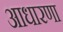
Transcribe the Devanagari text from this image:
आधारणा